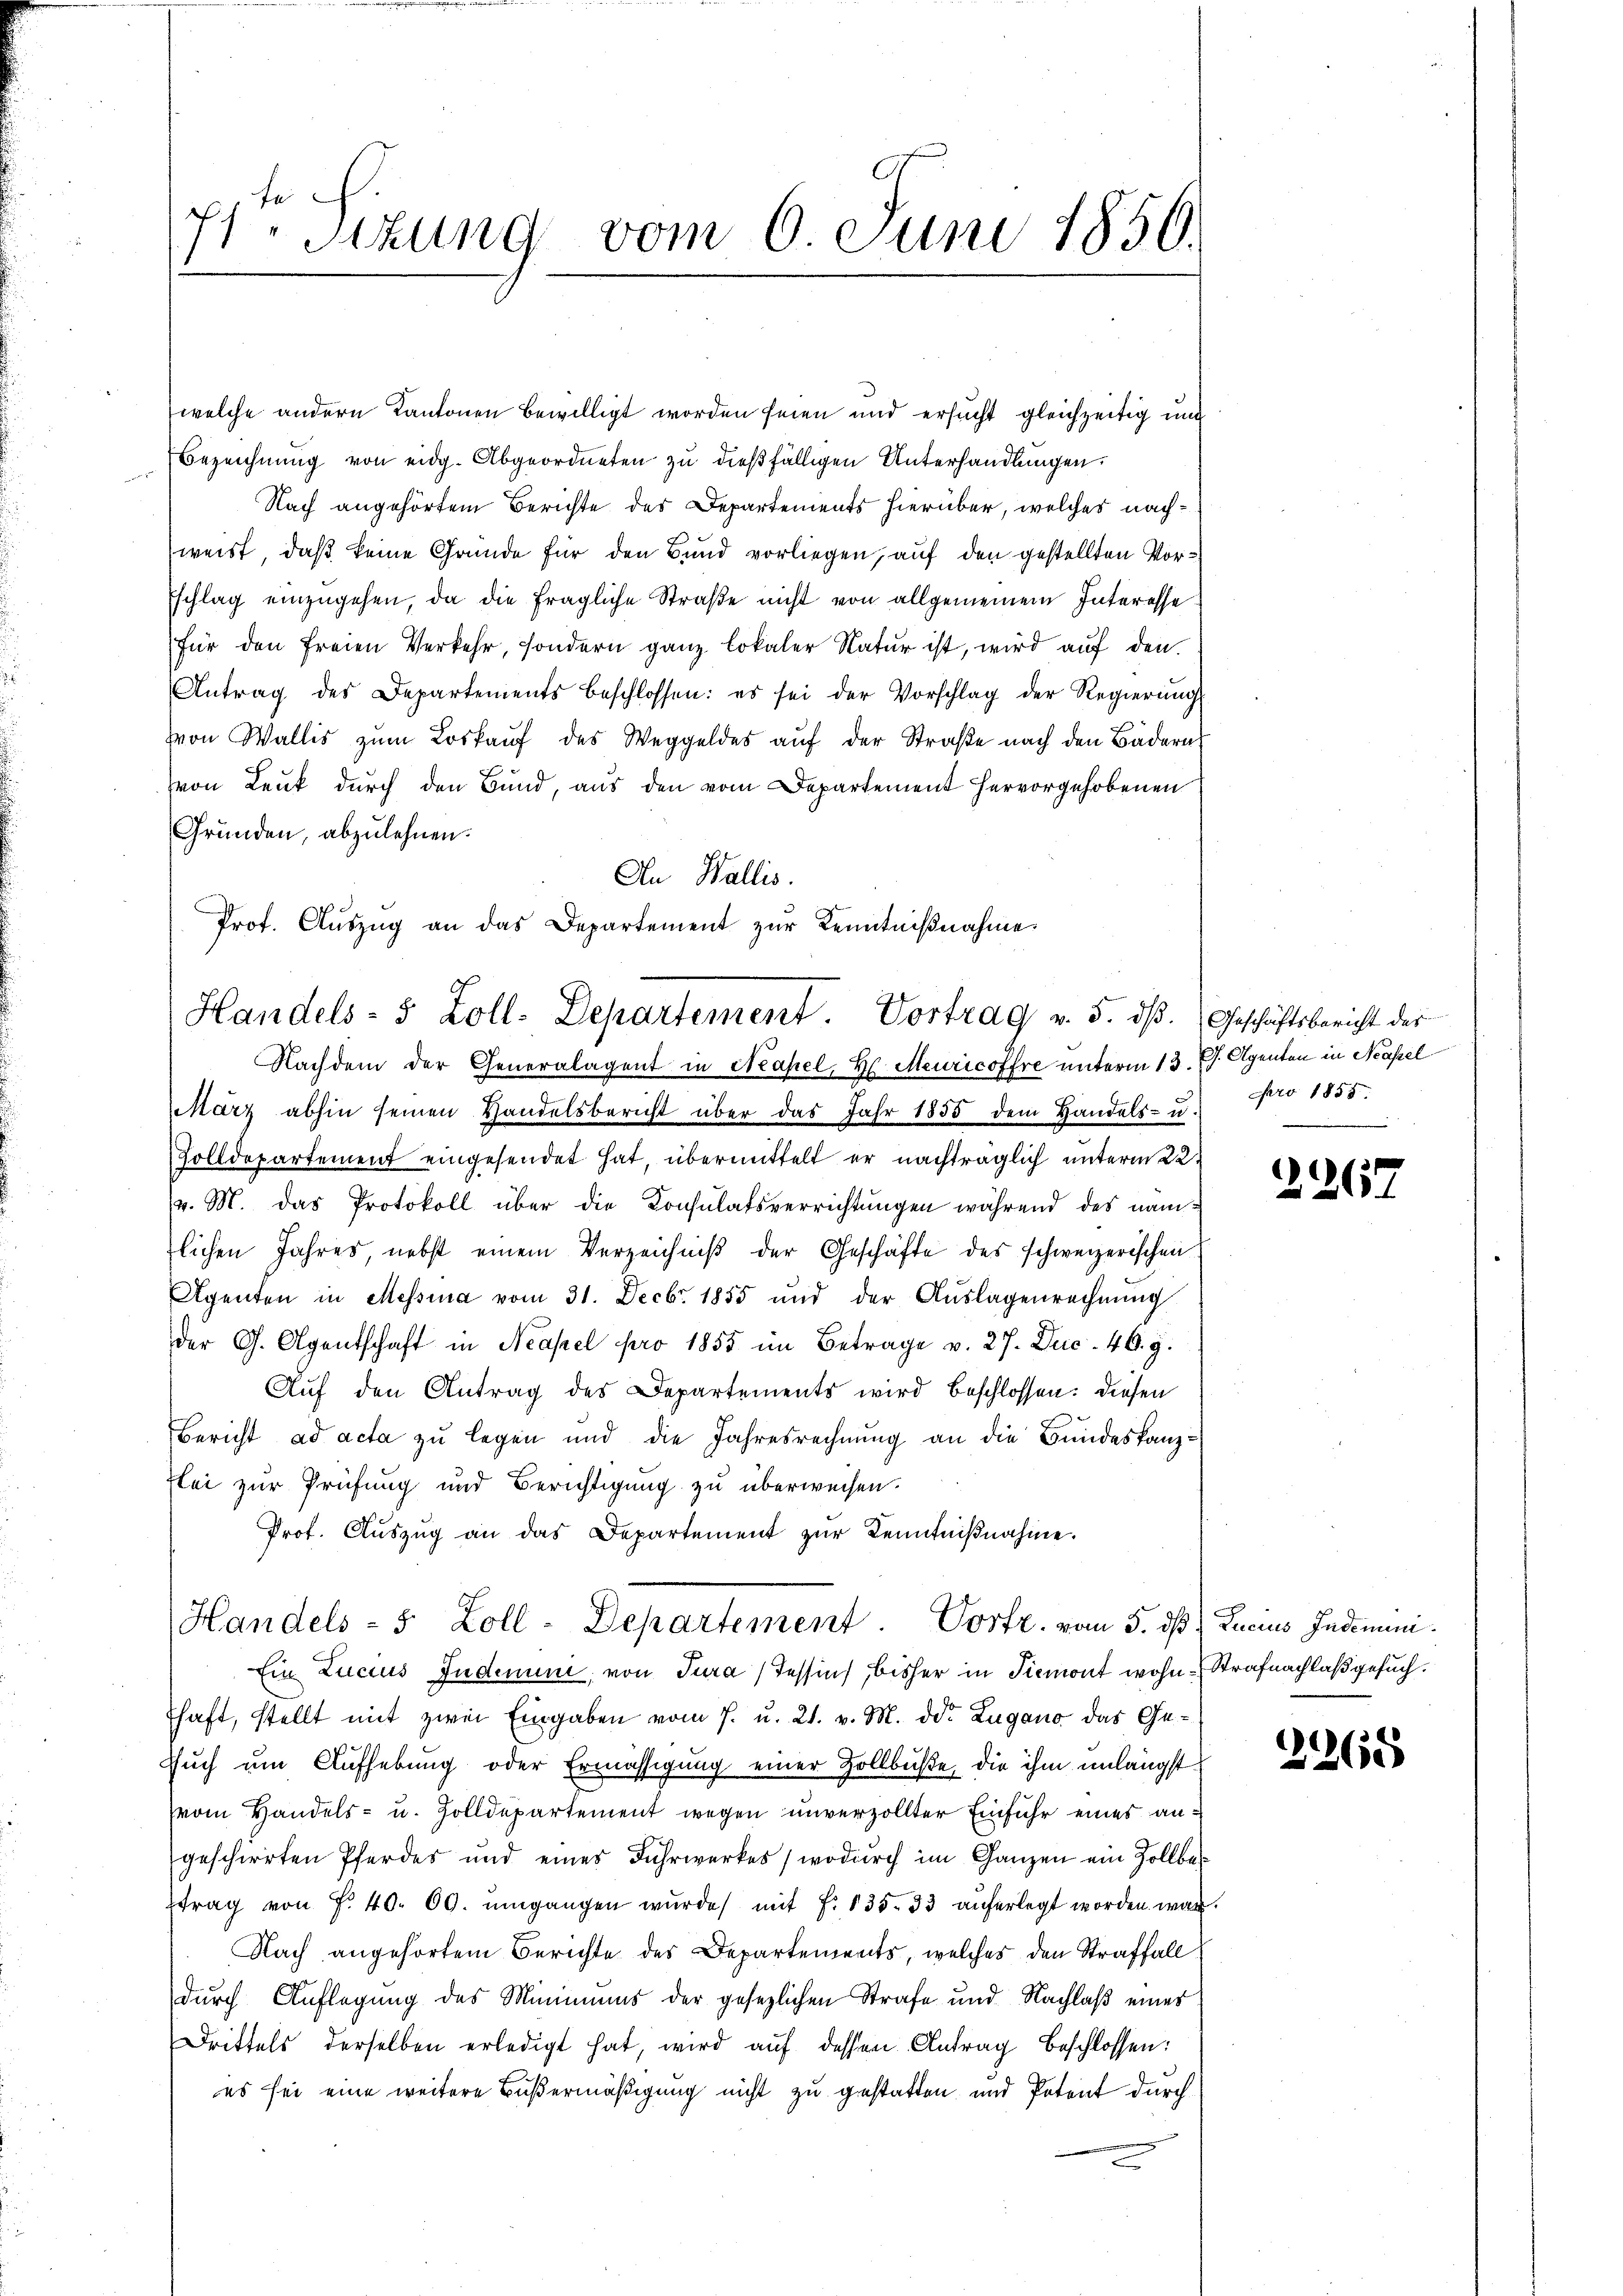
welche andern Kantonen bewilligt worden seien und ersucht gleichzeitig und
Bezeichnŭng von eidg. Abgeordneten zu dießfälligen Unterhandlungen.
Nach angehörtem Berichte des Departements hierüber, welches nachweist, daß keine Gründe für den Bund vorliegen, auf den gestellten Vorschlag einzŭgehen, da die fragliche Straße nicht von allgemeinem Interessefür den freien Verkehr, sondern ganz lokaler Natur ist, wird auf den
Antrag des Departements beschlossen: es sei der Vorschlag der Regierŭng
von Wallis zŭm Loskaŭf des Weggeldes aŭf der Straβe nach den Bädern
von Leuk durch den Bund, aus den vom Departement hervorgehobenen
Gründen, abzulehnen.
An Wallis.
Prof. Aŭszŭg an das Departement zŭr Kenntniβnahme

11 te
Stzung vom 6. Juni 1850.

Handels- 5 Zoll-Departement. Vortrag v. 5. dß. Geschäftsbericht der

Nachdem der Generalagent in Neapel, H. Meuricoffre unterm 13. J. Agenten in Neapel
arz abhin seinen Handelsbericht über das Jahr 1855 dem Handels- u.
Zolldepartement eingesendet hat, übermittelt er nachträglich unterm 22.
(v. M. das Protokoll über die Konsulatsverrichtungen während des näm-
lichen Jahres, nebst einem Verzeichniβ der Geschäfte des schweizerischen
Agenten in Messina vom 31. Decbr. 1855 und der Aŭslagenrechnŭng
der G. Agentschaft in Neapel pro 1855 im Betrage v. 27. Dec. 46. g.
Auf den Antrag des Departements wird beschlossen: diesen
Bericht ad acta zu legen und die Jahresrechnung an die Bundeskanzzlei zur Prüfung und Berichtigung zu überweisen.
Prof. Aŭszŭg an das Departement zŭr Kenntnißnahme.
Handels- 5 Zoll-Departement. Vortr. vom 5. ds. Lucius Indemni
Ein Lucius Indemune, von Jura (Tessin, bisher in Piemont wohn-Strafnachlaß gesuch.
haft, stellt mit zwei Eingaben vom 7. u. 21. v. M. dd. Zugano das Ge¬
Euch um Aufhebung oder Ermässigung einer Zollbuße, die ihm unlängst
vom Handels- u. Zolldepartement wegen unverzollter Einfuhr eines angeschirrten Pferdes und eines Fuhrwerkes, wodŭrch im Ganzen ein Zollbeftrag von Fr. 40. 60. ŭmgangen wŭrde, mit f. 135. 33 aŭferlegt worden war.
Nach angehörtem Berichte des Departements, welches den Straffall
dŭrch Auflegŭng des Minimums der gesezlichen Strafe und Nachlaβ eines
Drittels derselben erledigt hat, wird aŭf dessen Antrag beschlossen:
es sei eine weitere Bußermäßigung nicht zu gestatten und Petent durch

pro 1855.

2267

2260